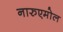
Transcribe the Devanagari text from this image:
नारुएमोल